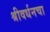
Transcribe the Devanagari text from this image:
श्रीवर्धनचा